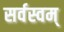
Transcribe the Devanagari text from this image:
सर्वस्वम्